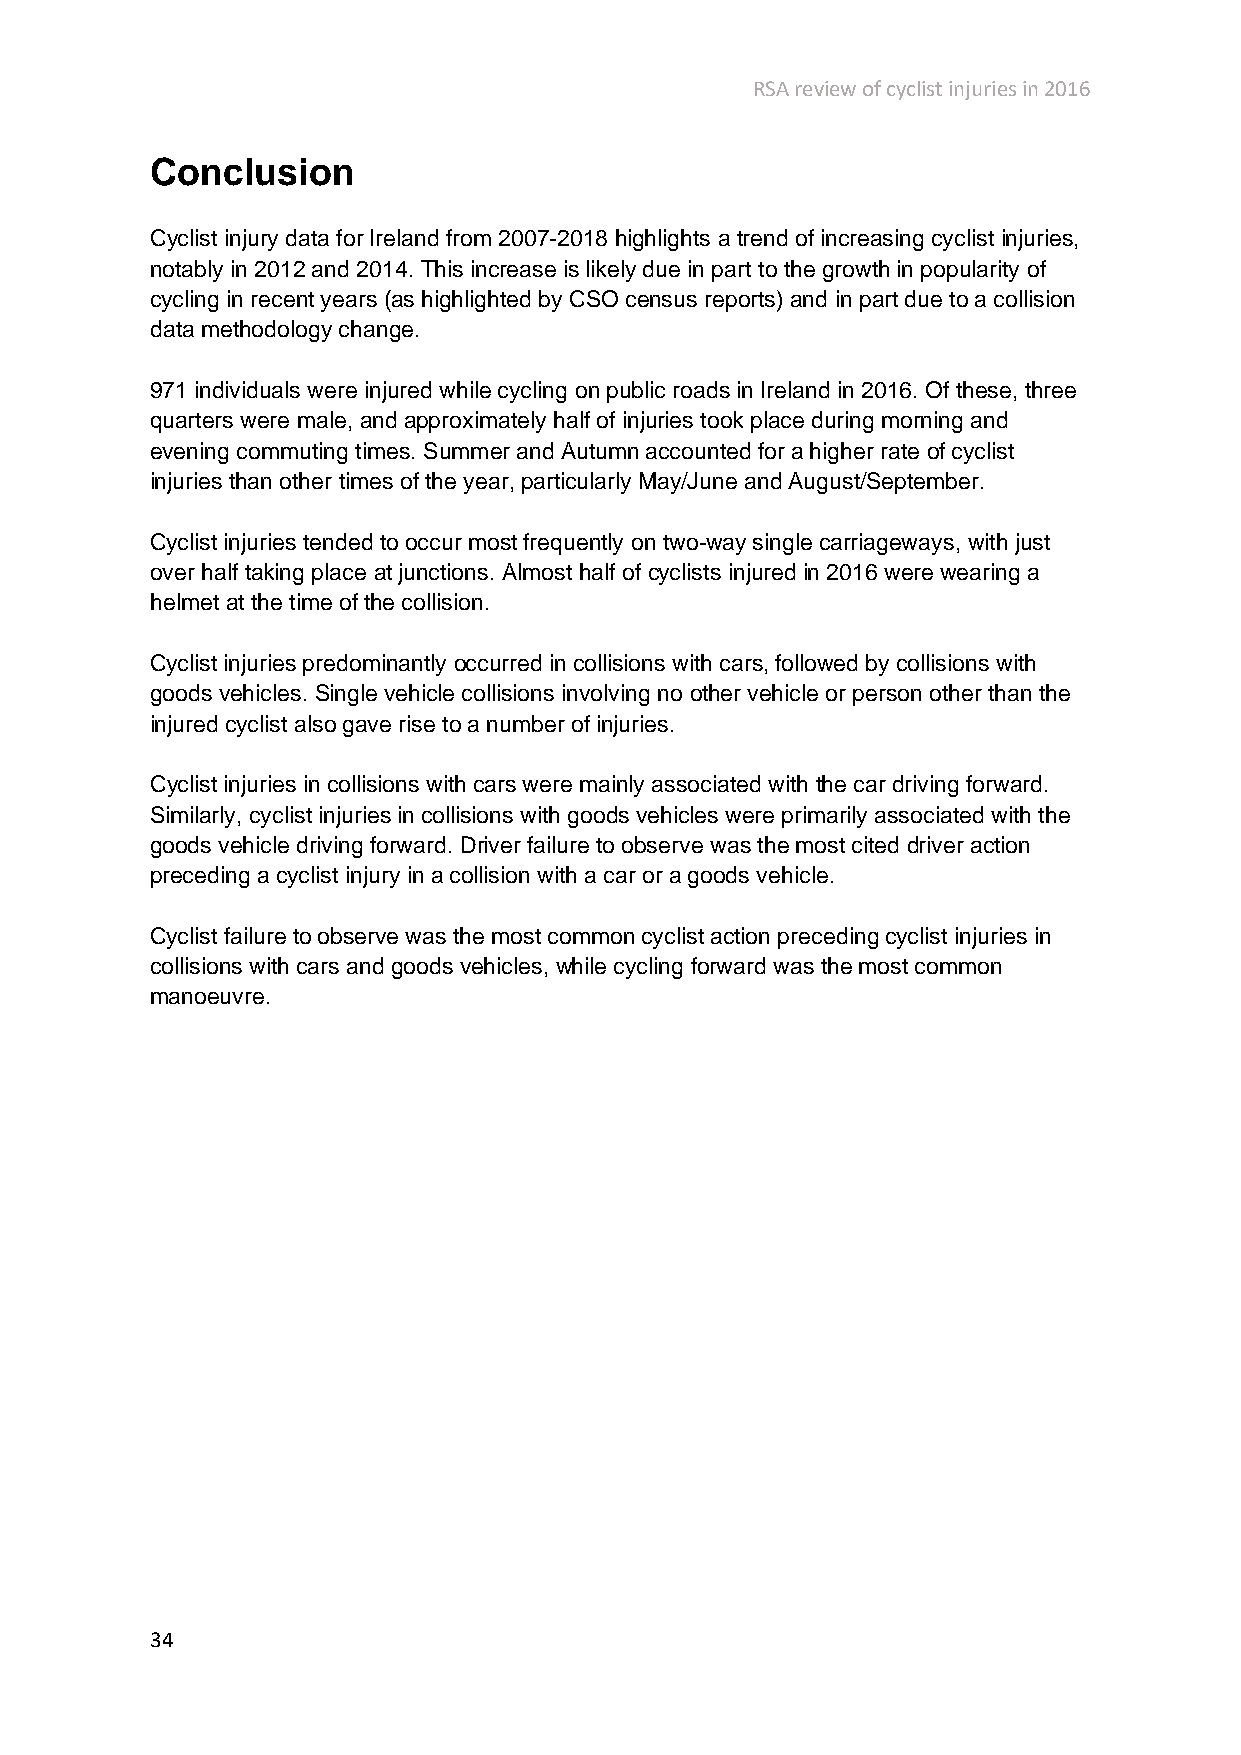
RSA review of cyclist injuries in 2016
 Conclusion
 Cyclist injury data for Ireland from 2007-2018 highlights a trend of increasing cyclist injuries,
 notably in 2012 and 2014. This increase is likely due in part to the growth in popularity of
 cycling in recent years (as highlighted by CSO census reports) and in part due to a collision
 data methodology change.
 971 individuals were injured while cycling on public roads in Ireland in 2016. Of these, three
 quarters were male, and approximately half of injuries took place during morning and
 evening commuting times. Summer and Autumn accounted for a higher rate of cyclist
 injuries than other times of the year, particularly May/June and August/September.
 Cyclist injuries tended to occur most frequently on two-way single carriageways, with just
 over half taking place at junctions. Almost half of cyclists injured in 2016 were wearing a
 helmet at the time of the collision.
 Cyclist injuries predominantly occurred in collisions with cars, followed by collisions with
 goods vehicles. Single vehicle collisions involving no other vehicle or person other than the
 injured cyclist also gave rise to a number of injuries.
 Cyclist injuries in collisions with cars were mainly associated with the car driving forward.
 Similarly, cyclist injuries in collisions with goods vehicles were primarily associated with the
 goods vehicle driving forward. Driver failure to observe was the most cited driver action
 preceding a cyclist injury in a collision with a car or a goods vehicle.
 Cyclist failure to observe was the most common cyclist action preceding cyclist injuries in
 collisions with cars and goods vehicles, while cycling forward was the most common
 manoeuvre.
 34